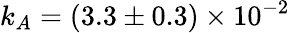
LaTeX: k_{A}=(3.3\pm 0.3)\times 10^{-2}